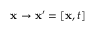
\mathbf { x } \to \mathbf { x } ^ { \prime } = [ \mathbf { x } , t ]